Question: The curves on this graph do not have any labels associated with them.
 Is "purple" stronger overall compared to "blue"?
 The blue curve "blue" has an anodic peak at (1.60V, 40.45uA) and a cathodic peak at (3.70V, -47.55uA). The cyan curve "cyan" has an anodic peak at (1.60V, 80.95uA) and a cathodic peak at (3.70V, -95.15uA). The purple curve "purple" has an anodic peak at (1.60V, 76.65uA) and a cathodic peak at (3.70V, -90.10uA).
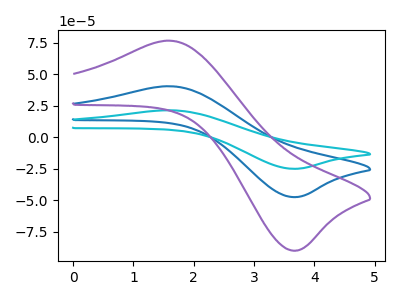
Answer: <think>All the peaks in "purple" have a peak in "blue" at the same potential. Every peak in "purple" is higher than every peak in "blue".
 </think>
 <answer>"purple" has more signal than "blue".</answer>
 <eval>more_signal</eval>